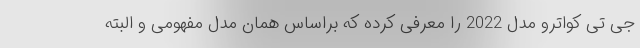
جی تی کواترو مدل 2022 را معرفی کرده که براساس همان مدل مفهومی و البته